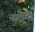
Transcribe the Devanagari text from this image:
नगामी